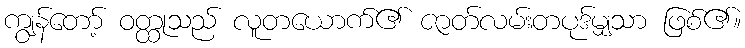
ကျွန်တော့် ဝတ္ထုသည် လူတယောက်၏ ဇာတ်လမ်းတပုဒ်မျှသာ ဖြစ်၏။